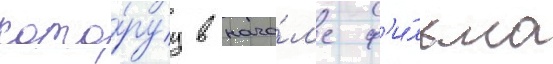
кото́руу в нача́л'е ф'и́льма